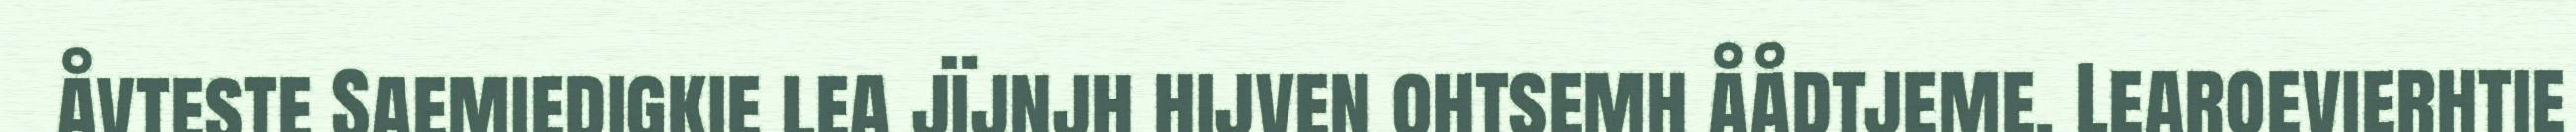
åvteste Saemiedigkie lea jïjnjh hijven ohtsemh åådtjeme. Learoevierhtie